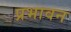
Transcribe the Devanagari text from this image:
प्रभावन